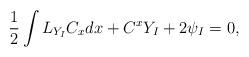
LaTeX: \begin{align*}\frac{1}{2}\int L_{Y_{I}}C_{x}dx+C^{x}Y_{I}+2\psi _{I}=0, \end{align*}